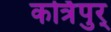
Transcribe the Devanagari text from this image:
कर्त्रिपुर्